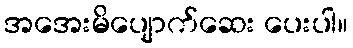
အအေးမိပျောက်ဆေး ပေးပါ။